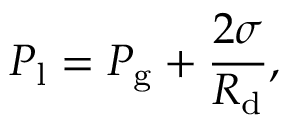
P _ { \mathrm { l } } = P _ { \mathrm { g } } + \frac { 2 \sigma } { R _ { \mathrm { d } } } ,